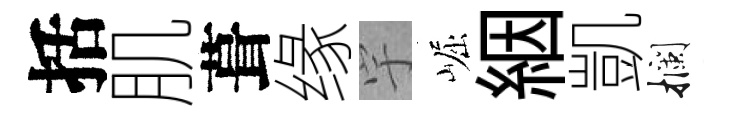
括肌葺缘宇崛絪凱攔